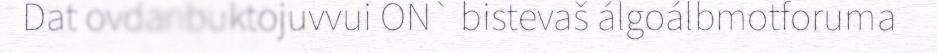
Dat ovdanbuktojuvvui ON` bistevaš álgoálbmotforuma